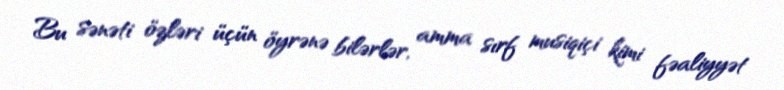
Bu sənəti özləri üçün öyrənə bilərlər, amma sırf musiqiçi kimi fəaliyyət